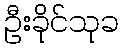
ဦးခိုင်သုခ